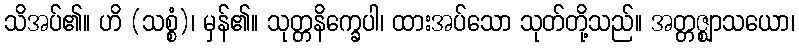
သိအပ်၏။ ဟိ (သစ္စံ)၊ မှန်၏။ သုတ္တနိက္ခေပါ၊ ထားအပ်သော သုတ်တို့သည်။ အတ္တဇ္ဈာသယော၊